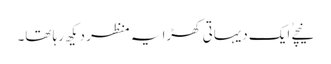
نیچے ٰایک دیہاتی کھڑا یہ منظر دیکھ رہا تھا۔